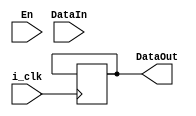
module register #(parameter regAddr=0)(
input   i_clk,
input   En,
input   [31:0] DataIn,
output  [31:0] DataOut
);

reg [31:0] mipsReg;

initial
begin
    mipsReg <= 32'd0;
end

assign DataOut = mipsReg;

always @(posedge i_clk)
begin
    if(En & regAddr !=0)
        mipsReg <= DataIn;
end

endmodule